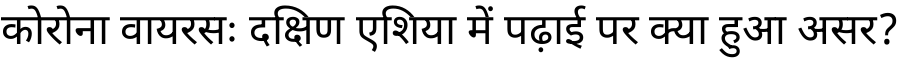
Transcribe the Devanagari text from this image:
कोरोना वायरसः दक्षिण एशिया में पढ़ाई पर क्या हुआ असर?